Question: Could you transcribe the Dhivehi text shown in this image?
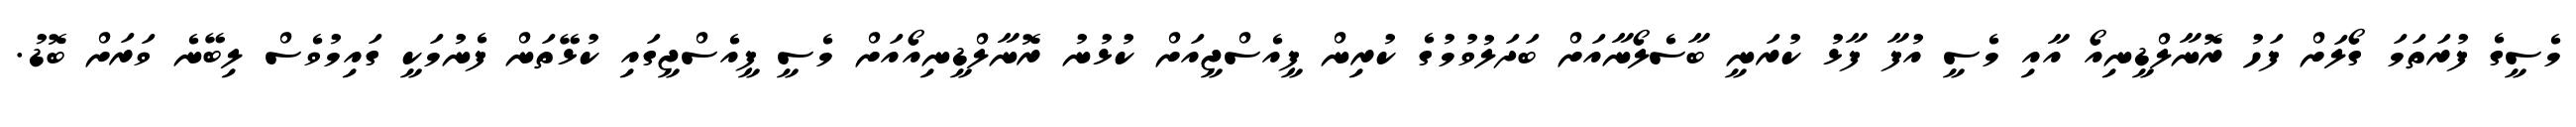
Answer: މެސީގެ ފުރަތަމަ ގޯލަށް ފަހު ރޮނާލްޑީނިއޯ އާއި މެސީ އުފާ ފާޅު ކުރަނީ ބާސެލޯނާއަށް ބަދަލުވުމުގެ ކުރިން ޕީއެސްޖީއަށް ކުޅުނު ރޮނާލްޑީނިއޯއަށް މެސީ ޕީއެސްޖީގައި ކުޅޭތަން ފެނުމަކީ ގައިމުވެސް ލިބޭނެ ވަރަށް ބޮޑު.